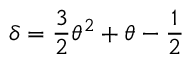
\delta = \frac { 3 } { 2 } \theta ^ { 2 } + \theta - \frac { 1 } { 2 }